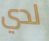
لدي